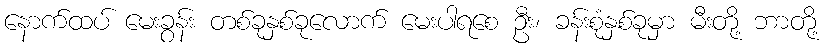
နောက်ထပ် မေးခွန်း တစ်ခုနှစ်ခုလောက် မေးပါရစေ ဦး၊ ခန်းစုံနှစ်ခုမှာ မီးတို့ ဘာတို့